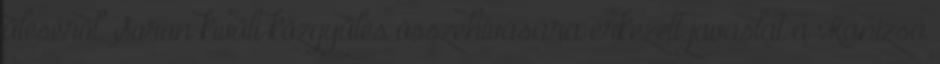
üléséről. Soron kívüli közgyűlés összehívására érkezett javaslat a Kanizsa